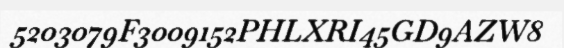
5203079F3009152PHLXRI45GD9AZW8